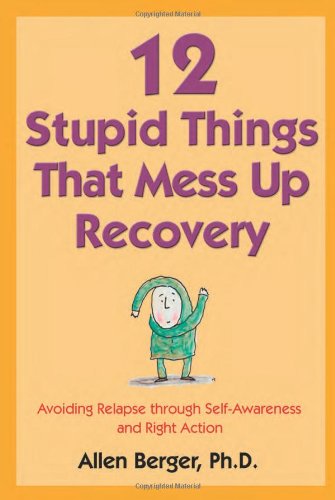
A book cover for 12 Stupid Things That Mess Up Recovery: Avoiding Relapse through Self-Awareness and Right Action; Allen Berger Ph.D.; Health, Fitness & Dieting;